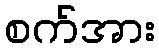
စက်အား